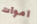
اموات